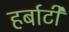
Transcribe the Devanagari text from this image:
हर्बाटी